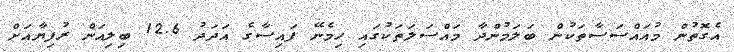
އެގޮތުން މުއައްސަސާތަކުން ބަލަމުންދާ މައްސަލަތަކުގައި ހިމެނޭ ފައިސާގެ އަދަދު 12.6 ބިލިއަން ރުފިޔާއަށް